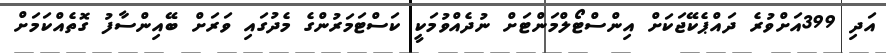
އަދި 399އަށްވުރެ ދައްޕެކޭޖަކަށް އިންސްޓޯލްމަންޓަށް ނުދެއްވުމަކީ ކަސްޓަމަރުންގެ މެދުގައި ވަރަށް ބޭއިންސާފު ގޮތެއްކަމަށް